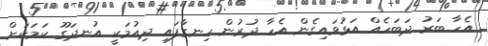
އެހާ ބަރު ދަބަހެއް އަޅުވައިގެން އެހާ ދުރުން ހިނގާފައި ދިއުމަކީ އުނދަގޫ ކަމަކަށް